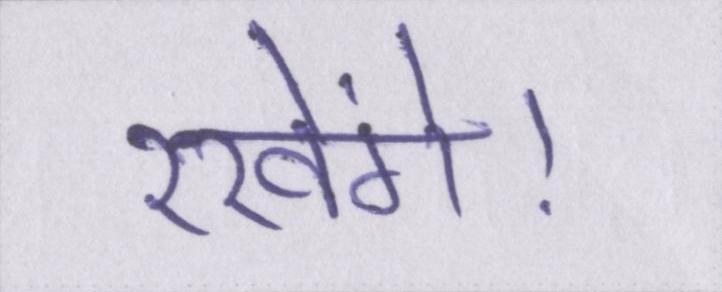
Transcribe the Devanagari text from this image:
रखेंगे।